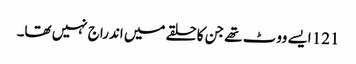
121 ایسے ووٹ تھے جن کا حلقے میں اندراج نہیں تھا۔